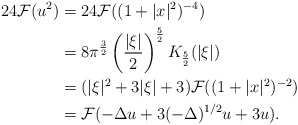
\begin{align*}24 \mathcal{F}(u^2) &= 24 \mathcal{F}((1+|x|^2)^{-4})\\&= 8\pi^{\frac{3}{2}} \left( \frac{|\xi|}{2}\right)^{\frac{5}{2}}K_{\frac{5}{2}}(|\xi|) \\&= (|\xi|^2+3|\xi|+3) \mathcal{F}((1+|x|^2)^{-2})\\&= \mathcal{F}(-\Delta u +3 (-\Delta)^{1/2}u+3u). \end{align*}